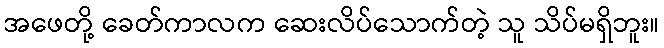
အဖေတို့ ခေတ်ကာလက ဆေးလိပ်သောက်တဲ့ သူ သိပ်မရှိဘူး။